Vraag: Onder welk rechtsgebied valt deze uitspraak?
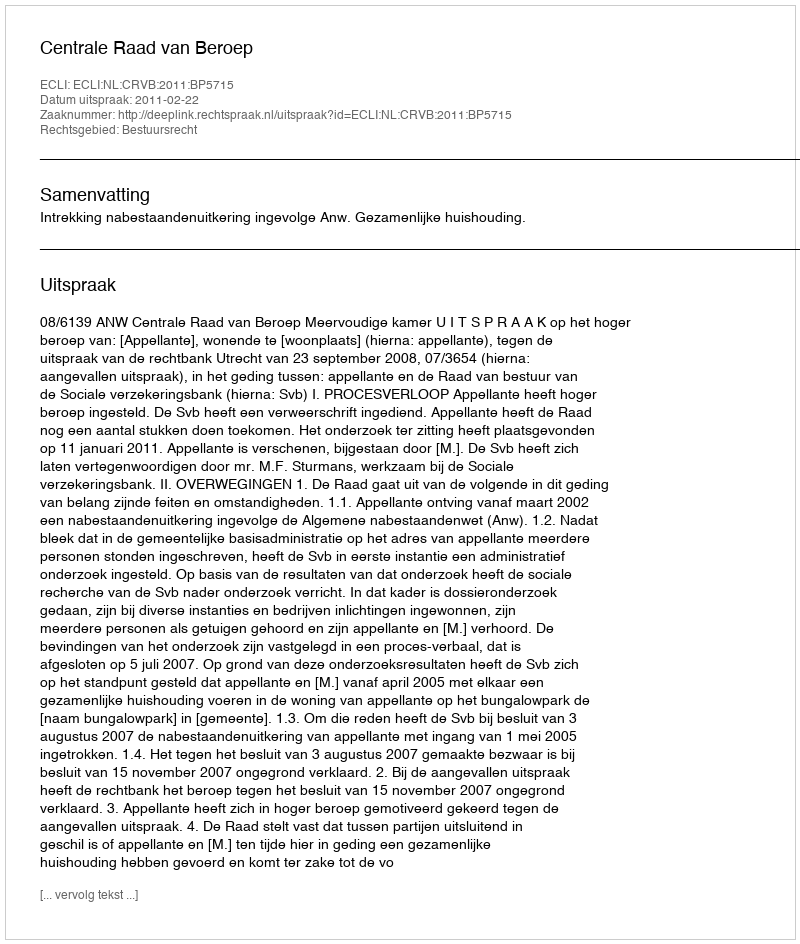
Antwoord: Bestuursrecht